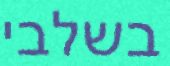
בשלבי